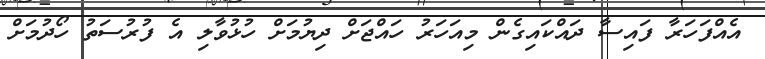
އެއްފަހަރާ ފައިސާ ދައްކައިގެން މިއަހަރު ހައްޖަށް ދިޔުމަށް ހުޅުުވާލި އެ ފުރުސަތު ހޯދުމަށް